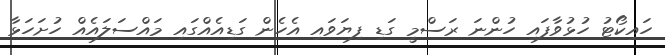
ހައިކޯޓު ހުޅުވާފައި ހުންނަ ރަސްމީ ގަޑި ފިޔަވައި އެހެން ގަޑިއެއްގައި މައްސަލައެއް ހުށަހަޅާ